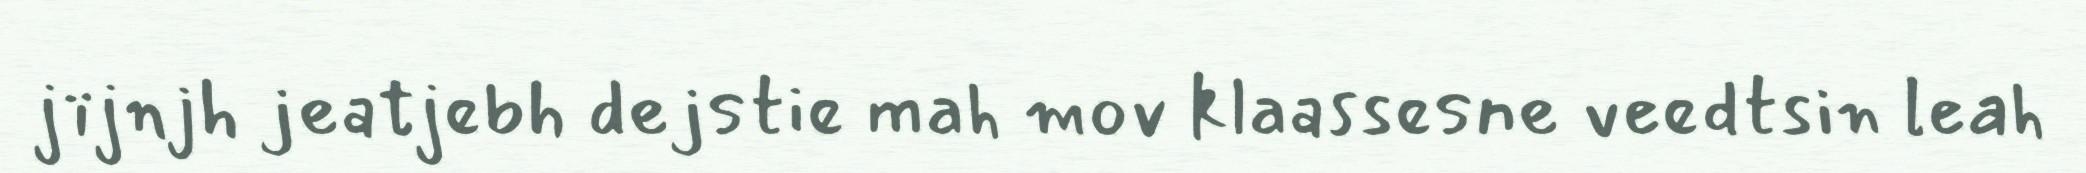
jïjnjh jeatjebh dejstie mah mov klaassesne veedtsin leah